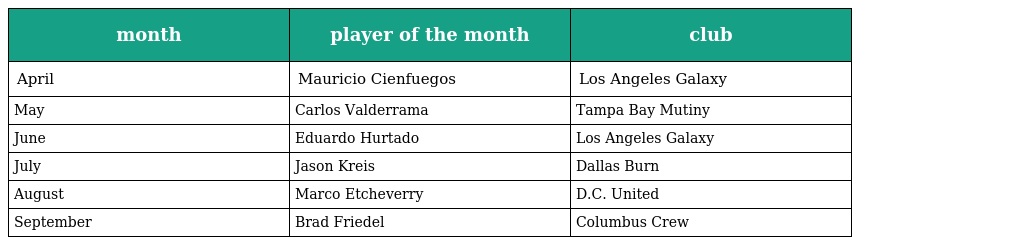
| month | player of the month | club |
 | --- | --- | --- |
 | April | Mauricio Cienfuegos | Los Angeles Galaxy |
 | May | Carlos Valderrama | Tampa Bay Mutiny |
 | June | Eduardo Hurtado | Los Angeles Galaxy |
 | July | Jason Kreis | Dallas Burn |
 | August | Marco Etcheverry | D.C. United |
 | September | Brad Friedel | Columbus Crew |